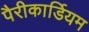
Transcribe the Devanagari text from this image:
पैरीकार्डियम